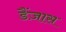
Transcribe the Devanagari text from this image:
डैंज़ास